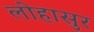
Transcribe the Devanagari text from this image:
लोहासुर